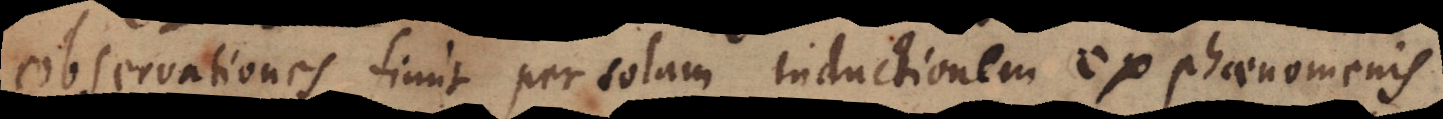
Observationes fiunt per solam inductionem ex phaenomenis